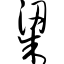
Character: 梁